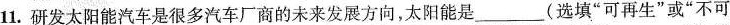
11.研发太阳能汽车是很多汽车厂商的未来发展方向，太阳能是____(选填”可再生”或”不可